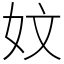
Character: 妏